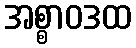
အစ္စာဝဒထ